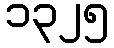
၁၃၂၅